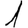
Digit: 1